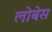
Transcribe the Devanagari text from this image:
लोबेस